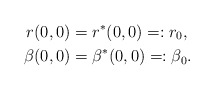
\begin{align*} r(0,0)&=r^\ast(0,0)=:r_0,\\ \beta(0,0)&=\beta^\ast(0,0)=:\beta_0.\end{align*}